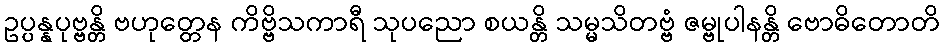
ဥပ္ပန္နပုဗ္ဗန္တိ ဗဟုတ္တေန ကိဗ္ဗိသကာရီ သုပညော စယန္တိ သမ္မသိတဗ္ဗံ ဇမ္ဗုပါနန္တိ ဗောဓိတောတိ